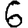
Digit: 6